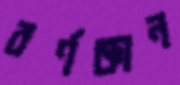
বর্ণজ্ঞান